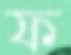
ফ